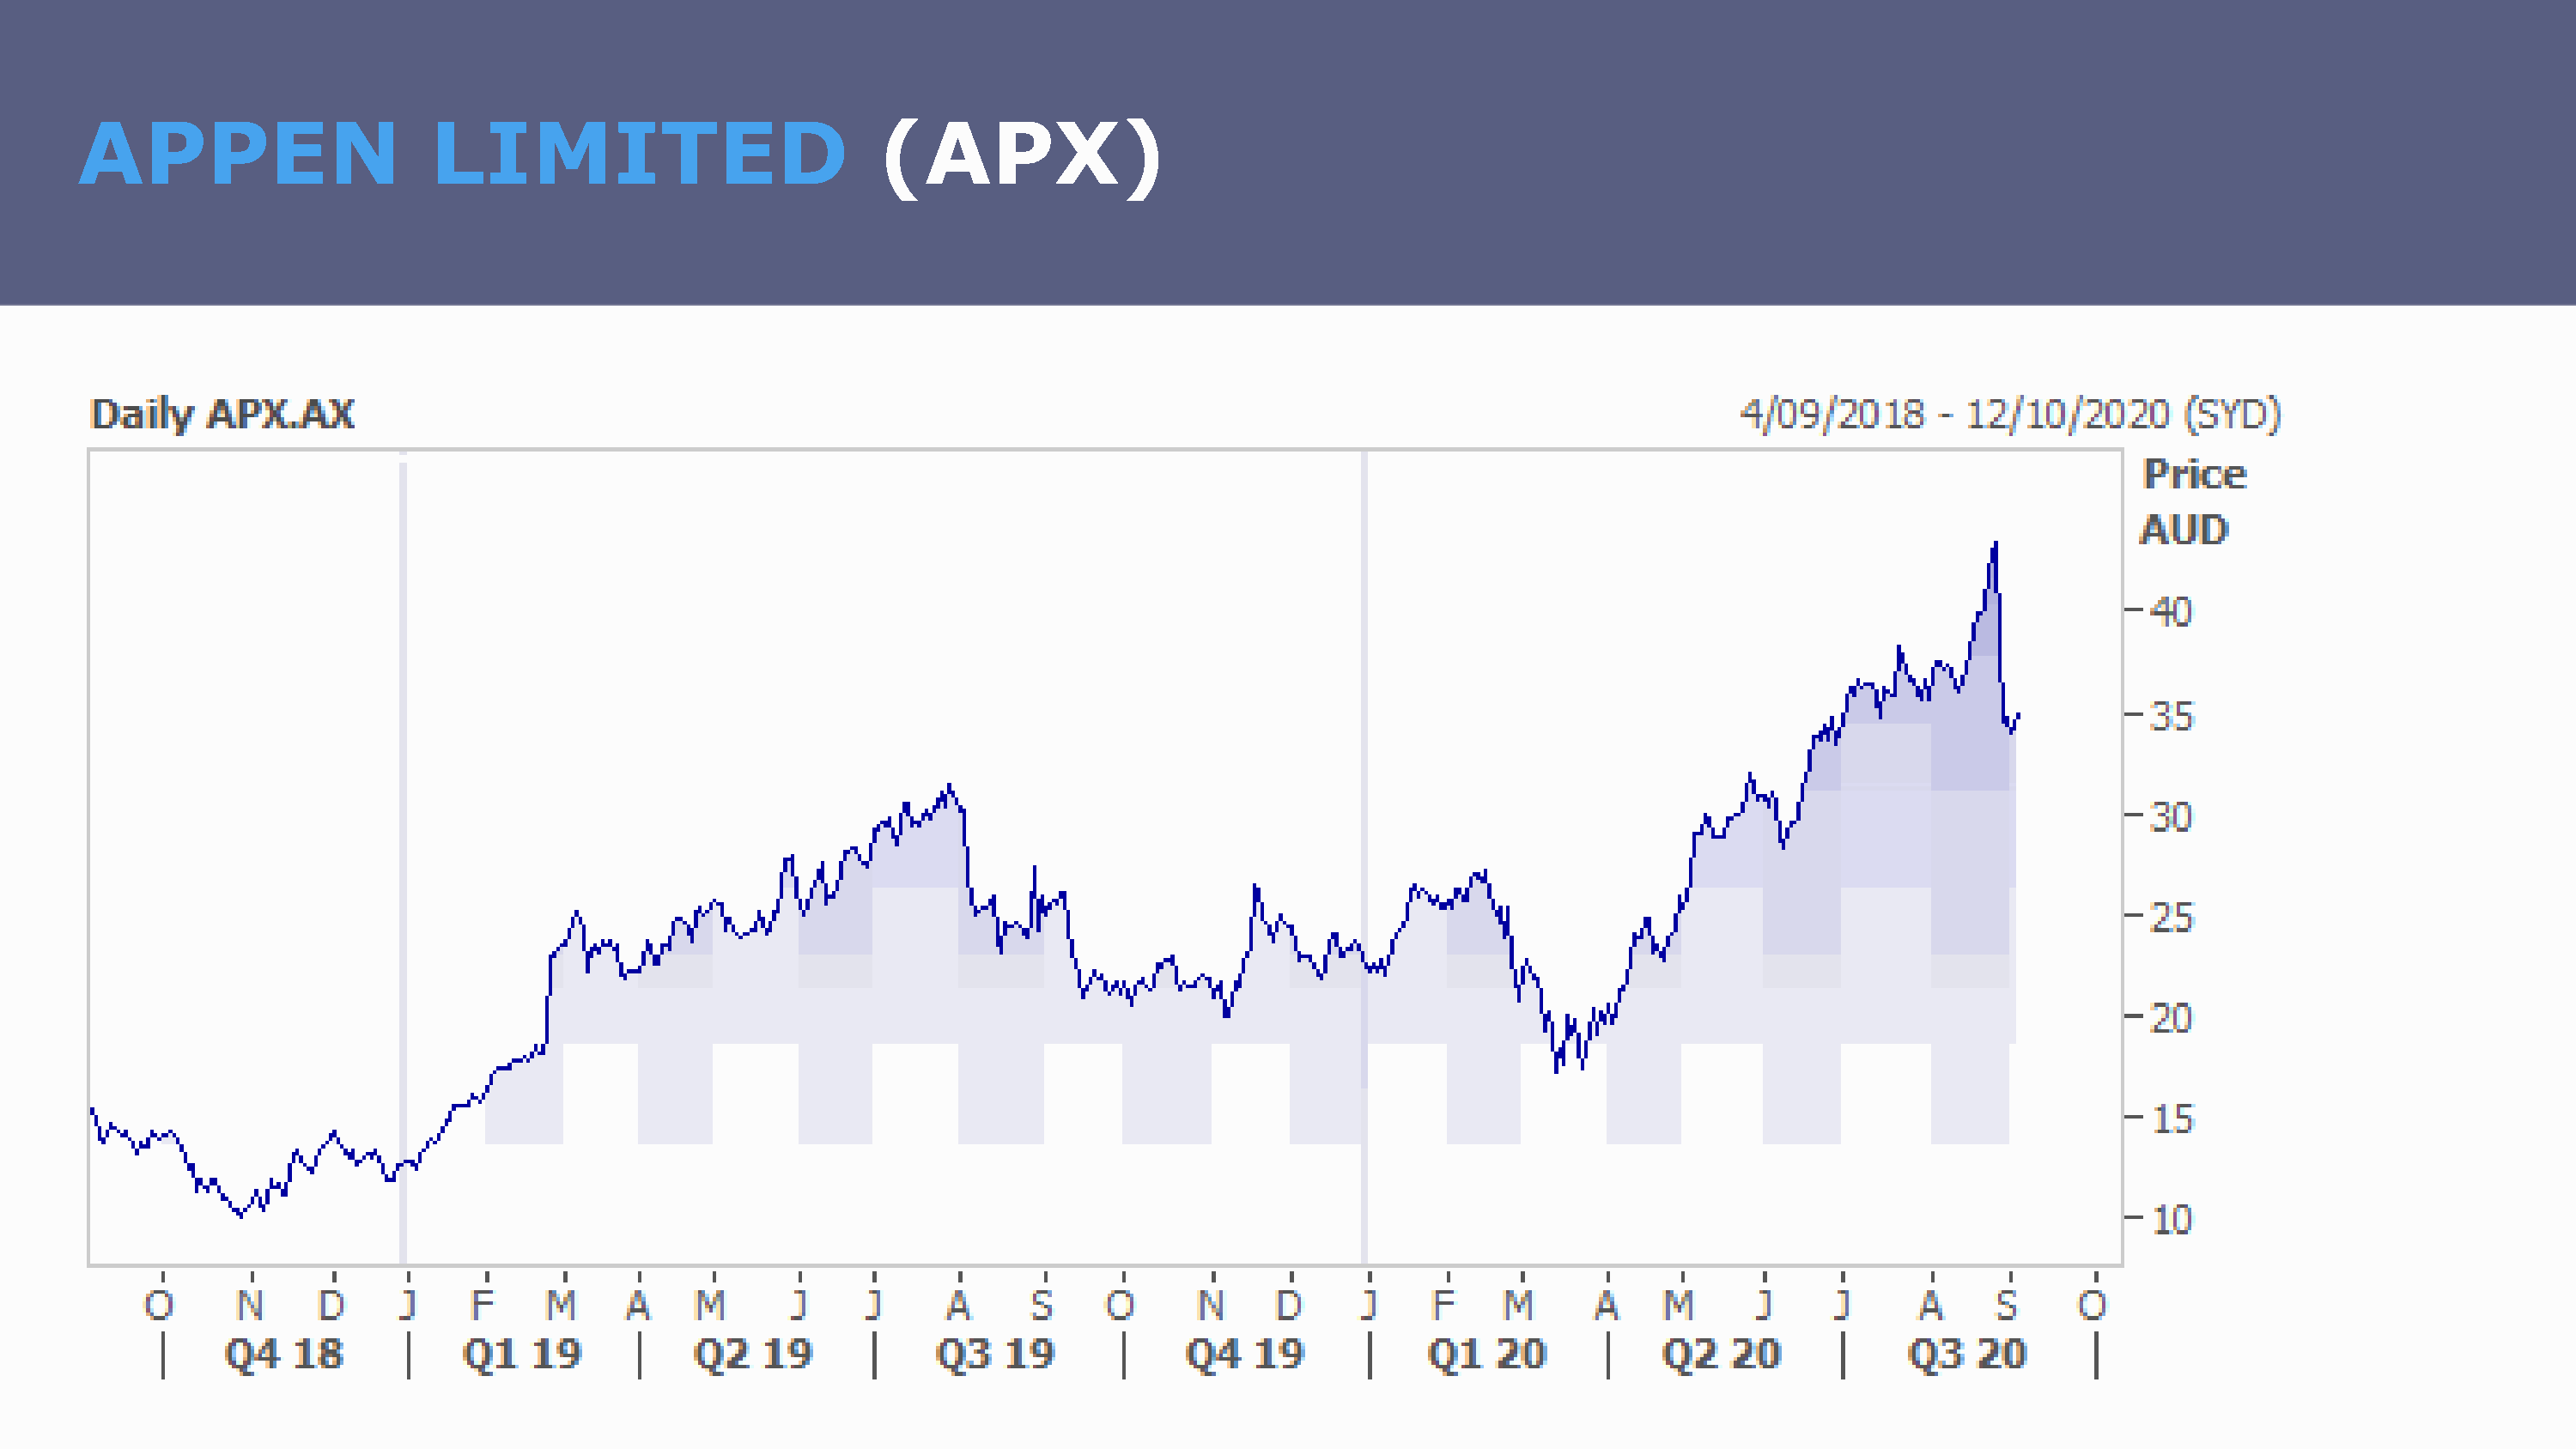
APPEN                      LIMITED                            (APX)